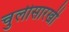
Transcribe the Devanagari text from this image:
चुलीसारखी